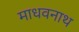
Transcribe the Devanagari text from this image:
माधवनाथ